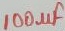
Text: 100uF